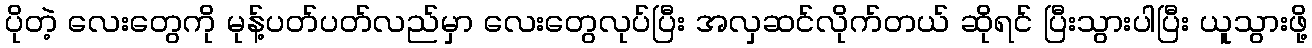
ပိုတဲ့ လေးတွေကို မုန့်ပတ်ပတ်လည်မှာ လေးတွေလုပ်ပြီး အလှဆင်လိုက်တယ် ဆိုရင် ပြီးသွားပါပြီး ယူသွားဖို့